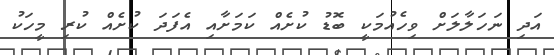
އަދި ނަހަލާލަށް ވިހެއުމަކީ ބޮޑު ކުށެއް ކަމަށާއި އެފަދަ ކުށެއް ކުރި މީހަކު